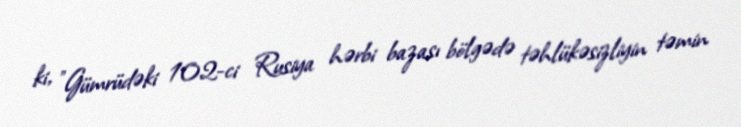
ki, ”Gümrüdəki 102-ci Rusiya hərbi bazası bölgədə təhlükəsizliyin təmin